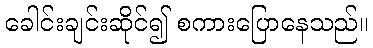
ခေါင်းချင်းဆိုင်၍ စကားပြောနေသည်။